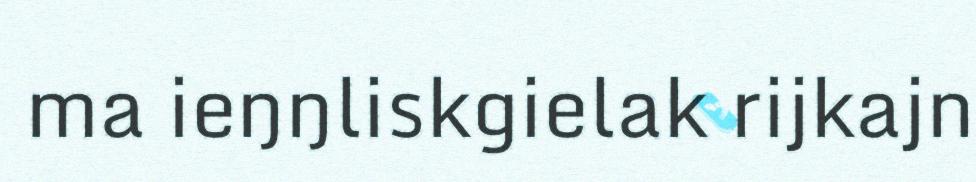
ma ieŋŋliskgielak rijkajn